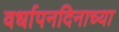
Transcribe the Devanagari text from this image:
वर्धापनदिनाच्या